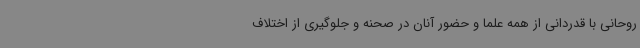
روحانی با قدردانی از همه علما و حضور آنان در صحنه و جلوگیری از اختلاف